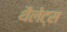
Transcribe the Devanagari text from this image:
थैलेट्स